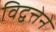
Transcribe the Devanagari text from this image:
विद्वत्तेने